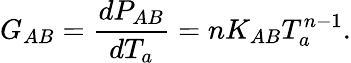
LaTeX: G_{AB}=\frac{dP_{AB}}{dT_{a}}=nK_{AB}T_{a}^{n-1}.